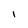
Character: I